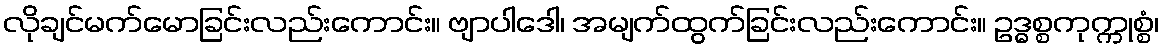
လိုချင်မက်မောခြင်းလည်းကောင်း။ ဗျာပါဒေါ၊ အမျက်ထွက်ခြင်းလည်းကောင်း။ ဥဒ္ဓစ္စကုက္ကုစ္စံ၊